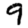
Digit: 9